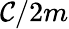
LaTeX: \mathcal{C}/2m